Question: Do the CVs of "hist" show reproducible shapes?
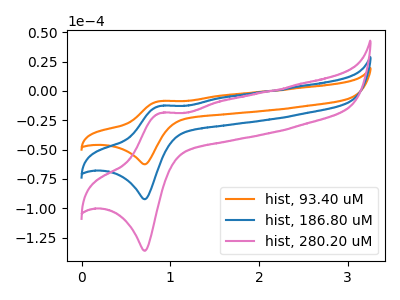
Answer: <think>The orange curve "hist, 93.40 uM" has an anodic peak at (0.90V, -8.65uA) and a cathodic peak at (0.70V, -62.50uA). The blue curve "hist, 186.80 uM" has an anodic peak at (0.90V, -12.75uA) and a cathodic peak at (0.70V, -92.30uA). The pink curve "hist, 280.20 uM" has an anodic peak at (0.90V, -25.50uA) and a cathodic peak at (0.70V, -184.60uA).
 All the peaks in "hist, 93.40 uM" have a peak in "hist, 186.80 uM" at the same potential. All the peaks in "hist, 93.40 uM" have a peak in "hist, 280.20 uM" at the same potential. All the peaks in "hist, 186.80 uM" have a peak in "hist, 280.20 uM" at the same potential.</think>
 <answer>All the CV's of "hist" have similar shape.</answer>
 <eval>follow_rule</eval>